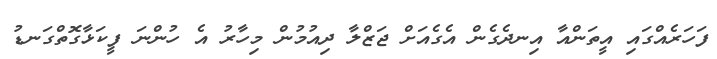
ފަހަރެއްގައި އީތަންއާ އިނދެގެން އެގެއަށް ޖަޒްލާ ދިއުމުން މިހާރު އެ ހުންނަ ފީކަޅާގޮތްގަނޑު